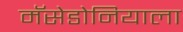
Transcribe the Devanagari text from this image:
मॅसेडोनियाला